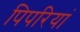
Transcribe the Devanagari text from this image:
पिपरियां